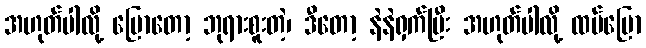
အဟုတ်ပါလို့ ပြောတော့ ဘုရားစူးတဲ့၊ ဒီတော့ နဲနဲရှက်ပြီး အဟုတ်ပါလို့ ထပ်ပြော